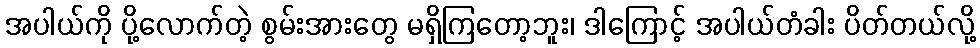
အပါယ်ကို ပို့လောက်တဲ့ စွမ်းအားတွေ မရှိကြတော့ဘူး၊ ဒါကြောင့် အပါယ်တံခါး ပိတ်တယ်လို့